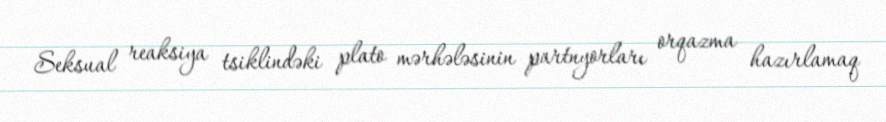
Seksual reaksiya tsiklindəki plato mərhələsinin partnyorları orqazma hazırlamaq